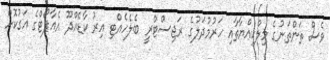
ވެސް ތަންތަނުގެ މިލްކިއްޔާތާއި ހަރުމުދަލުގެ ރަޖިސްޓްރީ ބެލެހެއްޓި އިރު ކާޑެއްދޫ އެއާޕޯޓްގެ އަގުކޮށް